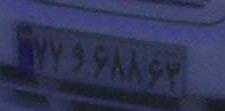
۷۷و۶۸۸۶۳